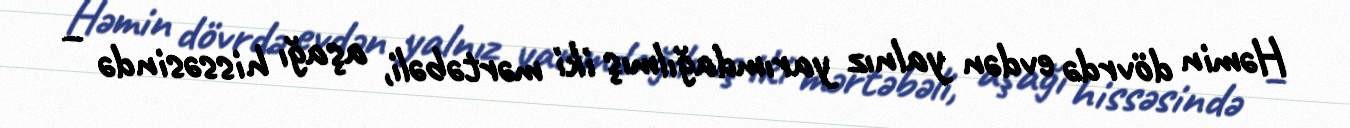
Həmin dövrdə evdən yalnız yarımdağılmış iki mərtəbəli, aşağı hissəsində –